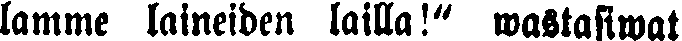
lamme laineiden lailla!" wastasiwat